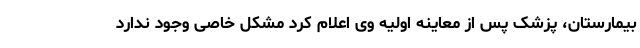
بیمارستان، پزشک پس از معاینه اولیه وی اعلام کرد مشکل خاصی وجود ندارد